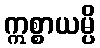
ဣစ္စာယမ္ပိ